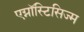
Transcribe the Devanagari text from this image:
एग्नॉस्टिसिज्म